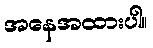
အနေအထားပါ။